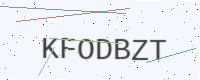
Text: KFODBZT